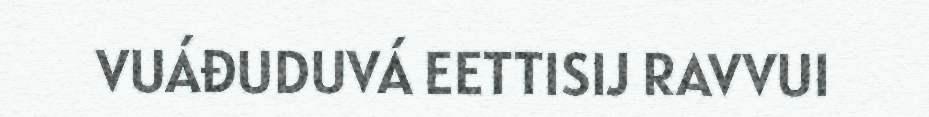
VUÁĐUDUVÁ EETTISIJ RAVVUI